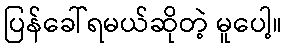
ပြန်ခေါ်ရမယ်ဆိုတဲ့ မူပေါ့။